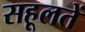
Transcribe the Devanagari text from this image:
सहूलतें